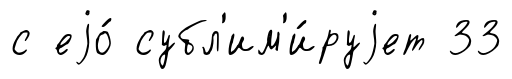
с еjо́ субл'им'и́руjет 33